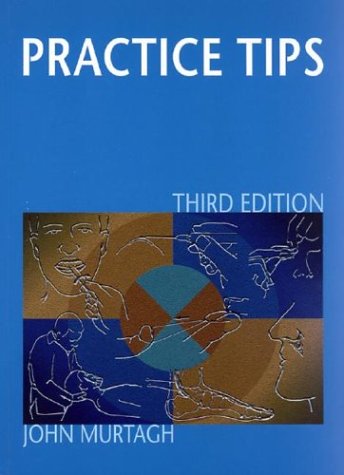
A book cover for Practice Tips; John Murtagh; Medical Books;